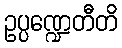
ဥပ္ပဏ္ဍေတီတိ